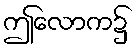
ဤလောက၌